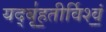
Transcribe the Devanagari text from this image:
यद्बृ॑ह॒तीर्विश्वं॒